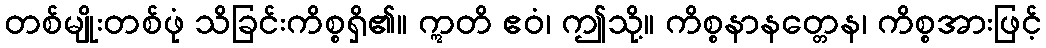
တစ်မျိုးတစ်ဖုံ သိခြင်းကိစ္စရှိ၏။ ဣတိ ဧဝံ၊ ဤသို့။ ကိစ္စနာနတ္တေန၊ ကိစ္စအားဖြင့်